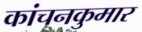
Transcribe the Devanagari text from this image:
कांचनकुमार